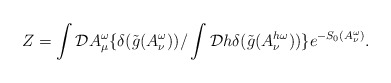
\begin{align*}Z=\int{\cal D}A_{\mu}^{\omega}\{\delta(\tilde{g}(A^{\omega}_{\nu}))/\int{\cal D}h\delta(\tilde{g}(A^{h\omega}_{\nu}))\} e^{-S_{0}(A^{\omega}_{\nu})}.\end{align*}